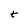
Character: t